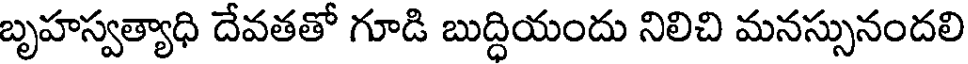
బృహస్వత్యాధి దేవతతో గూడి బుద్ధియందు నిలిచి మనస్సునందలి